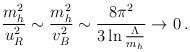
LaTeX: \begin{align*}{{m^2_h}\over{u^2_R}}\sim {{m^2_h}\over{v^2_B}}\sim {{8\pi^2}\over{3\ln {{\Lambda}\over{m_h}} }}\to 0 \,.\end{align*}